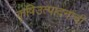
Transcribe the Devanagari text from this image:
कृषिउत्पादनांची